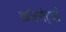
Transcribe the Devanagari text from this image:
कोल्गेट्ची